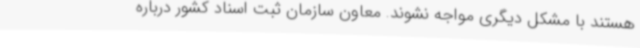
هستند با مشکل دیگری مواجه نشوند. معاون سازمان ثبت اسناد کشور درباره